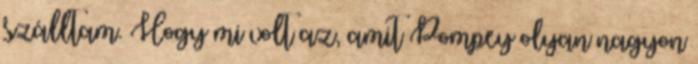
szálltam. Hogy mi volt az, amit Pompey olyan nagyon